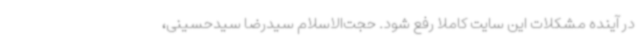
در آینده مشکلات این سایت کاملاً رفع شود. حجت‌الاسلام سیدرضا سیدحسینی،